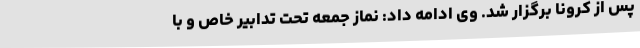
پس از کرونا برگزار شد. وی ادامه داد: نماز جمعه تحت تدابیر خاص و با